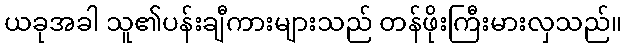
ယခုအခါ သူ၏ပန်းချီကားများသည် တန်ဖိုးကြီးမားလှသည်။